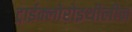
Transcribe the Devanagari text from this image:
ट्राईक्लोरोइथीलीन